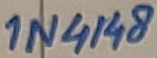
Text: 1N4148